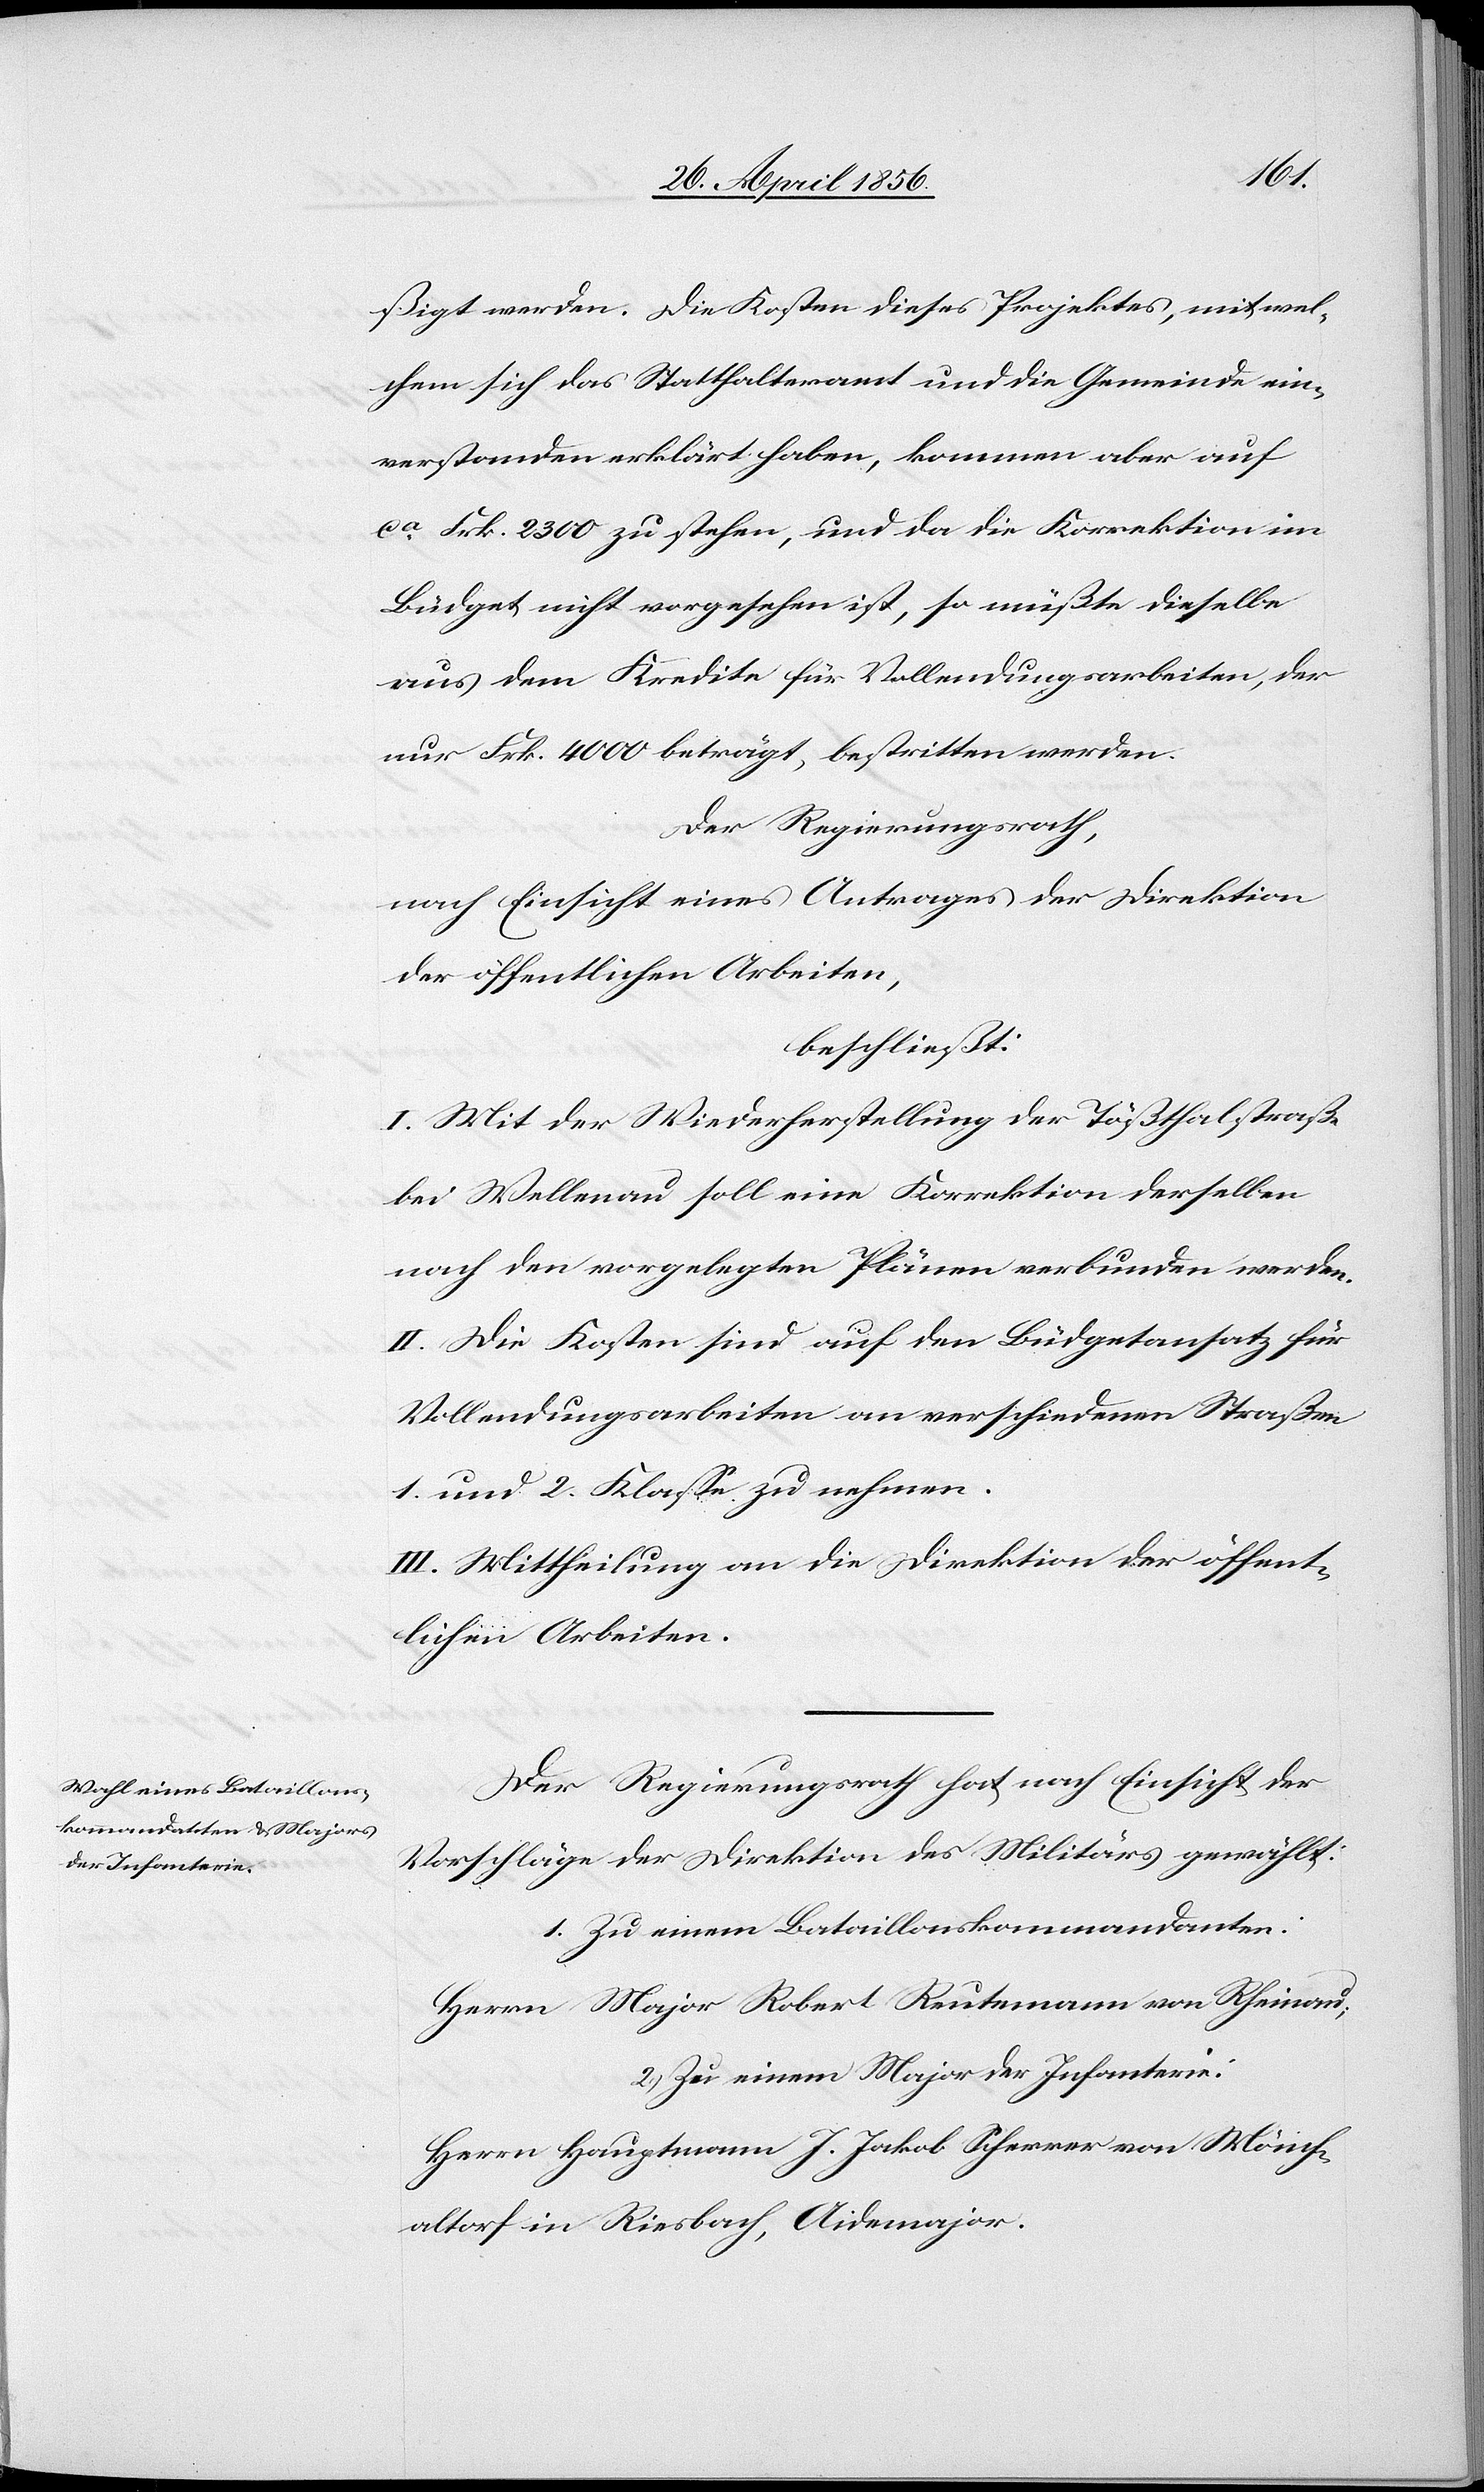
ßigt werden. Die Kosten dieses Projektes, mit wel¬
chem sich das Statthalteramt und die Gemeinde ein¬
verstanden erklärt haben, kommen aber auf
ca Frk. 2300 zu stehen, und da die Korrektion im
Büdget nicht vorgesehen ist, so müßte dieselbe
aus dem Kredite für Vollendungsarbeiten, der
nur Frk. 4000 beträgt, bestritten werden.
Der Regierungsrath,
nach Einsicht eines Antrages der Direktion
der öffentlichen Arbeiten,
beschließt:
I. Mit der Wiederherstellung der Tößthalstraße
bei Wellenau soll eine Korrektion derselben
nach den vorgelegten Plänen verbunden werden.
II. Die Kosten sind auf den Büdgetansatz für
Vollendungsarbeiten an verschiedenen Straßen
1. und 2. Klasse zu nehmen.
III. Mittheilung an die Direktion der öffent¬
lichen Arbeiten.
Der Regierungsrath hat nach Einsicht der
Vorschläge der Direktion des Militärs gewählt:
1. Zu einem Bataillonskommandanten:
Herrn Major Robert Reutemann von Rheinau;
2. Zu einem Major der Infanterie:
Herrn Hauptmann J. Jakobe Scherrer von Mönch¬
altorf in Riesbach, Aidemajor.